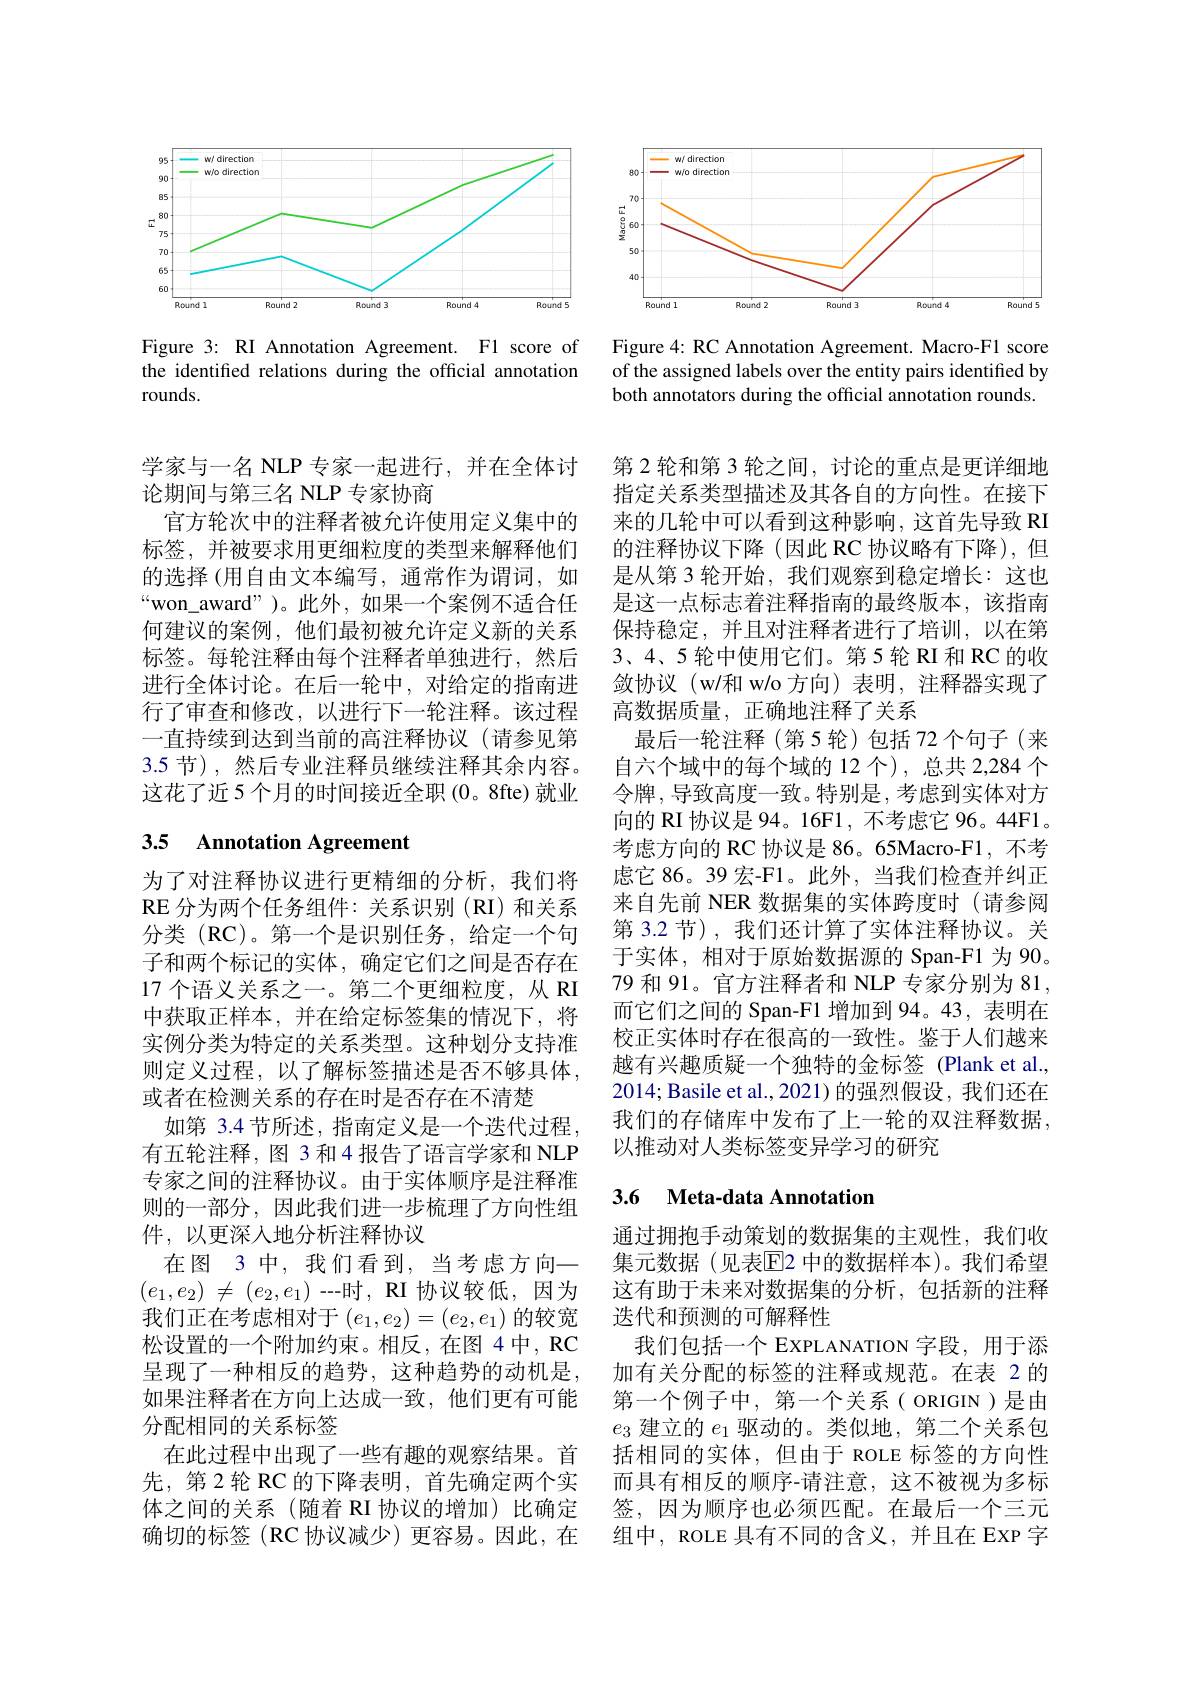
<FigureHere>

Figure 3: RI Annotation Agreement. F1 score of the identified relations during the official annotation $rounds.$

学家与一名 NLP 专家一起进行，并在全体讨
论期间与第三名 NLP 专家协商
官方轮次中的注释者被允许使用定义集中的标签，并被要求用更细粒度的类型来解释他们的选择 (用自由文本编写，通常作为谓词，如“won\_award”)。此外，如果一个案例不适合任何建议的案例，他们最初被允许定义新的关系标签。每轮注释由每个注释者单独进行，然后进行全体讨论。在后一轮中，对给定的指南进行了审查和修改，以进行下一轮注释。该过程一直持续到达到当前的高注释协议(请参见第3.5 节),然后专业注释员继续注释其余内容。这花了近 5 个月的时间接近全职 (0。8fte) 就业

# 3.5 Annotation Agreement

为了对注释协议进行更精细的分析，我们将RE 分为两个任务组件：关系识别(RI)和关系分类(RC)。第一个是识别任务，给定一个句子和两个标记的实体，确定它们之间是否存在17 个语义关系之一。第二个更细粒度，从 RI 中获取正样本，并在给定标签集的情况下，将实例分类为特定的关系类型。这种划分支持准则定义过程，以了解标签描述是否不够具体， 或者在检测关系的存在时是否存在不清楚
如第 3.4 节所述，指南定义是一个迭代过程， 有五轮注释，图 3 和 4 报告了语言学家和 NLP 专家之间的注释协议。由于实体顺序是注释准则的一部分，因此我们进一步梳理了方向性组件，以更深入地分析注释协议
在图 3 中，我们看到，当考虑方向一$( e_1, e_2)$ $\neq$ $( e_2, e_1)$ --时，$\textbf{RI 协 议 较 低 , 因 为 }$ 我们正在考虑相对于$(e_1,e_2)=(e_2,e_1)$的较宽松设置的一个附加约束。相反，在图 4中，RC 呈现了一种相反的趋势，这种趋势的动机是， 如果注释者在方向上达成一致，他们更有可能分配相同的关系标签
在此过程中出现了一些有趣的观察结果。首先，第 2 轮 RC 的下降表明，首先确定两个实体之间的关系 (随着 RI 协议的增加)比确定确切的标签(RC 协议减少)更容易。因此，在

<FigureHere>

Figure 4: RC Annotation Agreement. Macro-F1 score of the assigned labels over the entity pairs identified by both annotators during the official annotation rounds.

第 2 轮和第 3 轮之间，讨论的重点是更详细地指定关系类型描述及其各自的方向性。在接下来的几轮中可以看到这种影响，这首先导致 RI 的注释协议下降(因此 RC 协议略有下降),但是从第 3 轮开始 , 我们观察到稳定增长：这也是这一点标志着注释指南的最终版本，该指南保持稳定，并且对注释者进行了培训，以在第3、4、5 轮中使用它们。第 5 轮 RI 和 RC 的收敛协议(w/和 w/o 方向)表明，注释器实现了高数据质量，正确地注释了关系
最后一轮注释(第5轮)包括 72个句子(来自六个域中的每个域的 12 个),总共 2,284 个令牌 , 导致高度一致。特别是 , 考虑到实体对方向的 RI 协议是 94。16F1, 不考虑它 96。44F1。考虑方向的 RC 协议是 86。65Macro-F1, 不考虑它 86。39 宏-F1。此外，当我们检查并纠正来自先前 NER 数据集的实体跨度时(请参阅第 3.2 节) , 我们还计算了实体注释协议。关于实体，相对于原始数据源的 Span-F1 为 90。79 和 91。官方注释者和 NLP 专家分别为 81, 而它们之间的 Span-F1 增加到 94。43, 表明在校正实体时存在很高的一致性。鉴于人们越来越有兴趣质疑一个独特的金标签 (Plank et al., 2014; Basile et al., 2021) 的强烈假设，我们还在我们的存储库中发布了上一轮的双注释数据以推动对人类标签变异学习的研究

## 3.6 Meta-data Annotation

通过拥抱手动策划的数据集的主观性，我们收集元数据(见表$\overline{\mathbb{E}}$2 中的数据样本)。我们希望这有助于未来对数据集的分析，包括新的注释迭代和预测的可解释性
我们包括一个 EXPLANATION 字段，用于添加有关分配的标签的注释或规范。在表 2 的第一个例子中，第一个关系(ORIGIN)是由$e_3$建立的$e_1$驱动的。类似地，第二个关系包括相同的实体，但由于 ROLE 标签的方向性而具有相反的顺序-请注意，这不被视为多标签，因为顺序也必须匹配。在最后一个三元组中，ROLE 具有不同的含义，并且在 EXP 字